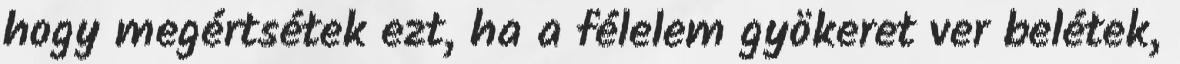
hogy megértsétek ezt, ha a félelem gyökeret ver belétek,